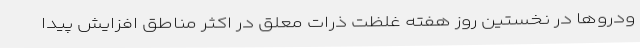
ودروها در نخستین روز هفته غلظت ذرات معلق در اکثر مناطق افزایش پیدا